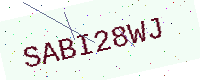
Text: SABI28WJ